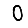
Digit: 0